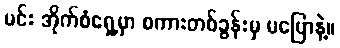
မင်း အိုက်စံရှေ့မှာ စကားတစ်ခွန်းမှ မပြောနဲ့။